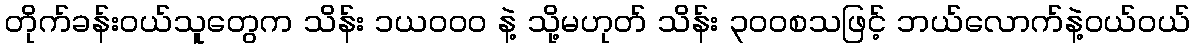
တိုက်ခန်းဝယ်သူတွေက သိန်း ၁ယဝဝဝ နဲ့ သို့မဟုတ် သိန်း ၃ဝဝစသဖြင့် ဘယ်လောက်နဲ့ဝယ်ဝယ်